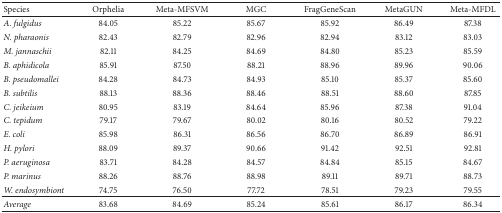
<table><thead><tr><td><b>Species</b></td><td><b>Orphelia</b></td><td><b>Meta-MFSVM</b></td><td><b>MGC</b></td><td><b>FragGeneScan</b></td><td><b>MetaGUN</b></td><td><b>Meta-MFDL</b></td></tr></thead><tbody><tr><td><i>A. fulgidus</i></td><td>84.05</td><td>85.22</td><td>85.67</td><td>85.92</td><td>86.49</td><td>87.38</td></tr><tr><td><i>N. pharaonis</i></td><td>82.43</td><td>82.79</td><td>82.96</td><td>82.94</td><td>83.12</td><td>83.03</td></tr><tr><td><i>M. jannaschii</i></td><td>82.11</td><td>84.25</td><td>84.69</td><td>84.80</td><td>85.23</td><td>85.59</td></tr><tr><td><i>B. aphidicola</i></td><td>85.91</td><td>87.50</td><td>88.21</td><td>88.96</td><td>89.96</td><td>90.06</td></tr><tr><td><i>B. pseudomallei</i></td><td>84.28</td><td>84.73</td><td>84.93</td><td>85.10</td><td>85.37</td><td>85.60</td></tr><tr><td><i>B. subtilis</i></td><td>88.13</td><td>88.36</td><td>88.46</td><td>88.51</td><td>88.60</td><td>87.85</td></tr><tr><td><i>C. jeikeium</i></td><td>80.95</td><td>83.19</td><td>84.64</td><td>85.96</td><td>87.38</td><td>91.04</td></tr><tr><td><i>C. tepidum</i></td><td>79.17</td><td>79.67</td><td>80.02</td><td>80.16</td><td>80.52</td><td>79.22</td></tr><tr><td><i>E. coli</i></td><td>85.98</td><td>86.31</td><td>86.56</td><td>86.70</td><td>86.89</td><td>86.91</td></tr><tr><td><i>H. pylori</i></td><td>88.09</td><td>89.37</td><td>90.66</td><td>91.42</td><td>92.51</td><td>92.81</td></tr><tr><td><i>P. aeruginosa</i></td><td>83.71</td><td>84.28</td><td>84.57</td><td>84.84</td><td>85.15</td><td>84.67</td></tr><tr><td><i>P. marinus</i></td><td>88.26</td><td>88.76</td><td>88.98</td><td>89.11</td><td>89.71</td><td>88.73</td></tr><tr><td><i>W. endosymbiont</i></td><td>74.75</td><td>76.50</td><td>77.72</td><td>78.51</td><td>79.23</td><td>79.55</td></tr><tr><td><i>Average</i></td><td>83.68</td><td>84.69</td><td>85.24</td><td>85.61</td><td>86.17</td><td>86.34</td></tr></tbody></table>